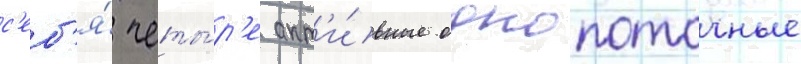
с'еб'я́ четы́р'е акт'и́вные однопоточные